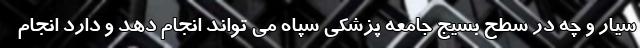
سیار و چه در سطح بسیج جامعه پزشکی سپاه می تواند انجام دهد و دارد انجام